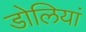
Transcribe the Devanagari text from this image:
डोलियां